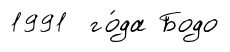
1991 го́да Бодо